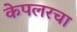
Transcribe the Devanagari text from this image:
केपलरचा